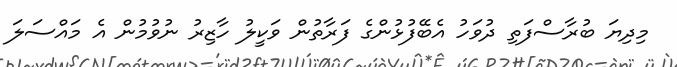
މިދިޔަ ބުރާސްފަތި ދުވަހު އެބޭފުޅުންގެ ފަރާތުން ވަކީލު ހާޒިރު ނުވުމުން އެ މައްސަލަ